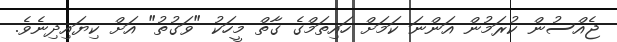
ޖެއްސުން ކުރަމުން އަންނަ ކަމަށް ހައިތަމްގެ ގާތް މީހަކު "ވަގުތު" އަށް ކިޔައިދިނެވެ.